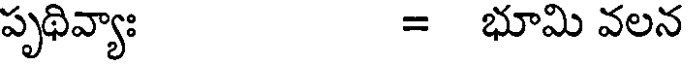
పృథివ్యాః = భూమి వలన